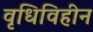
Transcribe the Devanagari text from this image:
वृधिविहीन